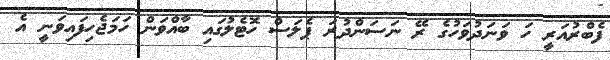
ފެބްރުއަރީ ހަ ވަނަދުވަހުގެ ރޭ ނަސަންދުރަ ޕެލަސް ހޮޓެލުގައި ބާއްވަން ހަމަޖެހިފައިވަނީ އެ